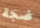
ضجة